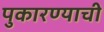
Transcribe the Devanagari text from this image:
पुकारण्याची